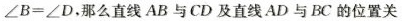
$$∠ B = ∠ D$$，那么直线AB与CD及直线AD与BC的位置关